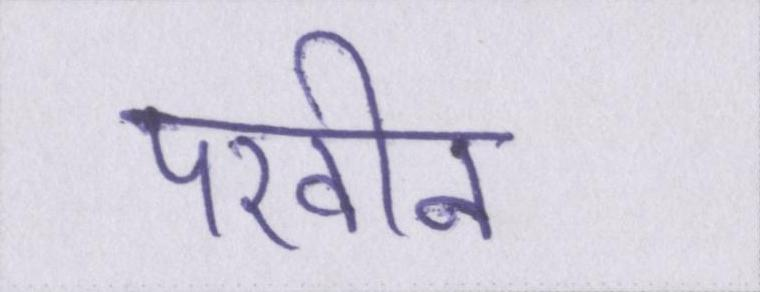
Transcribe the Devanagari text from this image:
परवीन